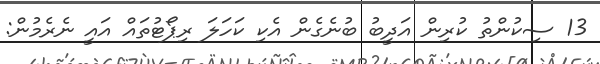
13 ސިކުންތު ކުރިން އަދީބު ބުނެގެން އެކި ކަހަލަ ރިޕޯޓުތައް އައީ ނެރެމުން: